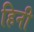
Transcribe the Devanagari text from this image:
हिनी